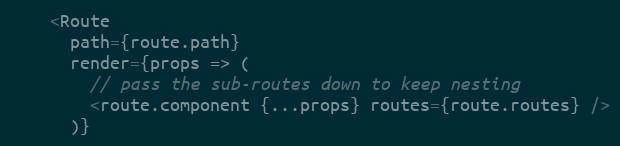
Language: JavaScript
    <Route
      path={route.path}
      render={props => (
        // pass the sub-routes down to keep nesting
        <route.component {...props} routes={route.routes} />
      )}